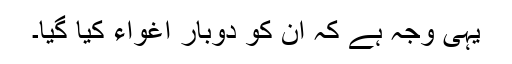
یہی وجہ ہے کہ ان کو دوبار اغواء کیا گیا۔